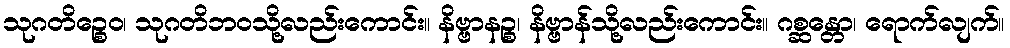
သုဂတိဉ္စေဝ၊ သုဂတိဘဝသို့လည်းကောင်း။ နိဗ္ဗာနဉ္စ၊ နိဗ္ဗာန်သို့လည်းကောင်း။ ဂစ္ဆန္တော၊ ရောက်လျက်။